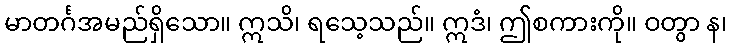
မာတင်္ဂအမည်ရှိသော။ ဣသိ၊ ရသေ့သည်။ ဣဒံ၊ ဤစကားကို။ ဝတွာ န၊